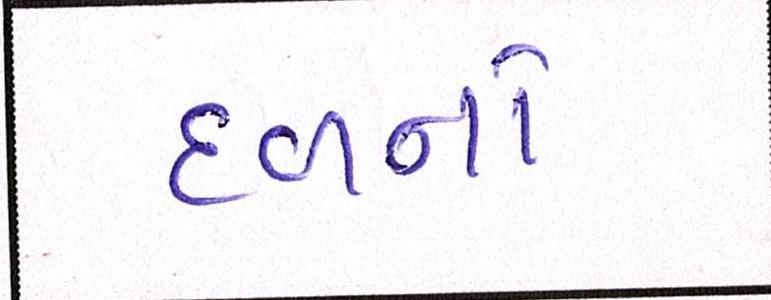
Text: દળને